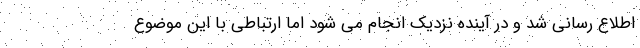
اطلاع رسانی شد و در آینده نزدیک انجام می شود اما ارتباطی با این موضوع